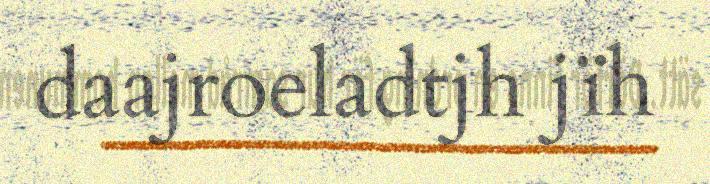
daajroeladtjh jïh